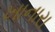
ખાનારા